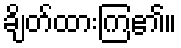
ချိတ်ထားကြ၏။